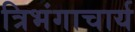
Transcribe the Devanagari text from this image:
त्रिभंगाचार्य